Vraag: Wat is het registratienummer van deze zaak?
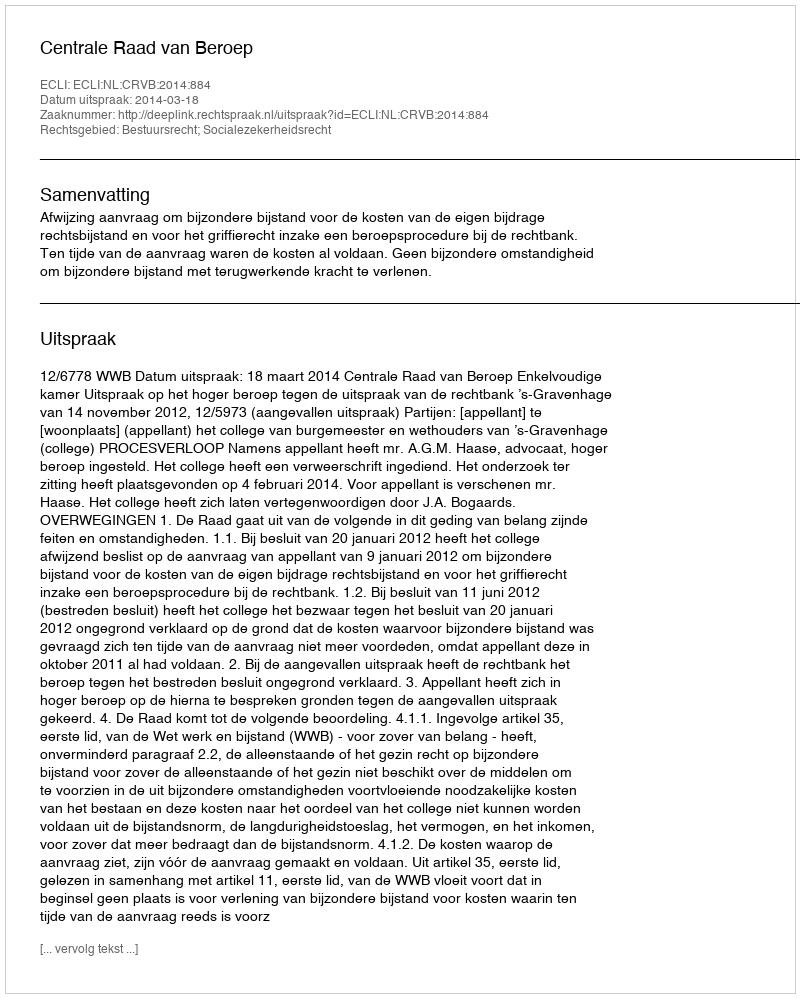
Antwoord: http://deeplink.rechtspraak.nl/uitspraak?id=ECLI:NL:CRVB:2014:884